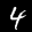
Label: 4